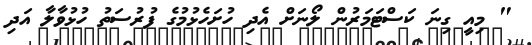
" މިއީ ގިނަ ކަސްޓަމަރުން ލޯނަށް އެދި ހުށަހެޅުމުގެ ފުރުސަތު ހުޅުވާލާ އަދި